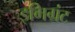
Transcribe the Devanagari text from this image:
इमिग्रंट